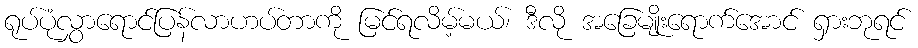
ရုပ်ပုံလွှာရောင်ပြန်လာဟပ်တာကို မြင်ရလိမ့်မယ်၊ ဒီလို အခြေမျိုးရောက်အောင် ရှားဘုရင်